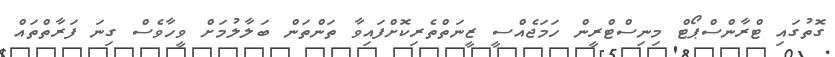
ގޮތުގައި ޓްރާންސްޕޯޓް މިނިސްޓްރީން ހަމަޖެއްސީ ޒީނަތްތެރިކޮށްފައިވާ ތަންތަން ބަލާލުމަށް ވީހާވެސް ގިނަ ފަރާތްތައް